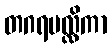
တဂရမလ္လိကာ